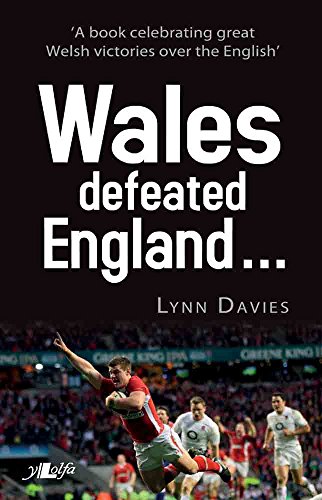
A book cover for And Wales Defeated England...; Lynn Davies; Sports & Outdoors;